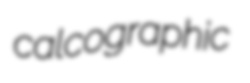
calcographic